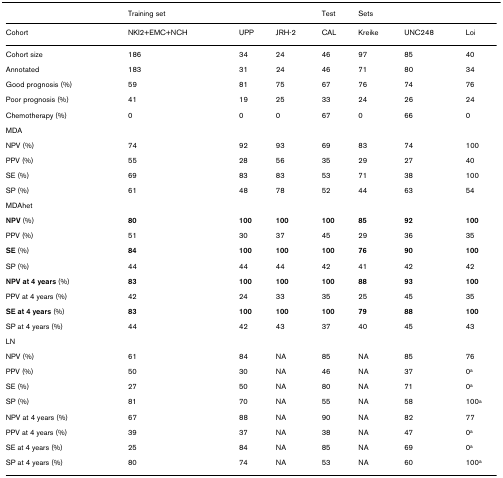
<table><thead><tr><td></td><td><b>Training set</b></td><td></td><td></td><td><b>Test</b></td><td><b>Sets</b></td><td></td><td></td></tr></thead><tbody><tr><td>Cohort</td><td>NKI2+EMC+NCH</td><td>UPP</td><td>JRH-2</td><td>CAL</td><td>Kreike</td><td>UNC248</td><td>Loi</td></tr><tr><td>Cohort size</td><td>186</td><td>34</td><td>24</td><td>46</td><td>97</td><td>85</td><td>40</td></tr><tr><td>Annotated</td><td>183</td><td>31</td><td>24</td><td>46</td><td>71</td><td>80</td><td>34</td></tr><tr><td>Good prognosis (%)</td><td>59</td><td>81</td><td>75</td><td>67</td><td>76</td><td>74</td><td>76</td></tr><tr><td>Poor prognosis (%)</td><td>41</td><td>19</td><td>25</td><td>33</td><td>24</td><td>26</td><td>24</td></tr><tr><td>Chemotherapy (%)</td><td>0</td><td>0</td><td>0</td><td>67</td><td>0</td><td>66</td><td>0</td></tr><tr><td>MDA</td><td></td><td></td><td></td><td></td><td></td><td></td><td></td></tr><tr><td>NPV (%)</td><td>74</td><td>92</td><td>93</td><td>69</td><td>83</td><td>74</td><td>100</td></tr><tr><td>PPV (%)</td><td>55</td><td>28</td><td>56</td><td>35</td><td>29</td><td>27</td><td>40</td></tr><tr><td>SE (%)</td><td>69</td><td>83</td><td>83</td><td>53</td><td>71</td><td>38</td><td>100</td></tr><tr><td>SP (%)</td><td>61</td><td>48</td><td>78</td><td>52</td><td>44</td><td>63</td><td>54</td></tr><tr><td>MDAhet</td><td></td><td></td><td></td><td></td><td></td><td></td><td></td></tr><tr><td><b>NPV </b>(%)</td><td><b>80</b></td><td><b>100</b></td><td><b>100</b></td><td><b>100</b></td><td><b>85</b></td><td><b>92</b></td><td><b>100</b></td></tr><tr><td>PPV (%)</td><td>51</td><td>30</td><td>37</td><td>45</td><td>29</td><td>36</td><td>35</td></tr><tr><td><b>SE </b>(%)</td><td><b>84</b></td><td><b>100</b></td><td><b>100</b></td><td><b>100</b></td><td><b>76</b></td><td><b>90</b></td><td><b>100</b></td></tr><tr><td>SP (%)</td><td>44</td><td>44</td><td>44</td><td>42</td><td>41</td><td>42</td><td>42</td></tr><tr><td><b>NPV at 4 years </b>(%)</td><td><b>83</b></td><td><b>100</b></td><td><b>100</b></td><td><b>100</b></td><td><b>88</b></td><td><b>93</b></td><td><b>100</b></td></tr><tr><td>PPV at 4 years (%)</td><td>42</td><td>24</td><td>33</td><td>35</td><td>25</td><td>45</td><td>35</td></tr><tr><td><b>SE at 4 years </b>(%)</td><td><b>83</b></td><td><b>100</b></td><td><b>100</b></td><td><b>100</b></td><td><b>79</b></td><td><b>88</b></td><td><b>100</b></td></tr><tr><td>SP at 4 years (%)</td><td>44</td><td>42</td><td>43</td><td>37</td><td>40</td><td>45</td><td>43</td></tr><tr><td>LN</td><td></td><td></td><td></td><td></td><td></td><td></td><td></td></tr><tr><td>NPV (%)</td><td>61</td><td>84</td><td>NA</td><td>85</td><td>NA</td><td>85</td><td>76</td></tr><tr><td>PPV (%)</td><td>50</td><td>30</td><td>NA</td><td>46</td><td>NA</td><td>37</td><td>0<sup>a</sup></td></tr><tr><td>SE (%)</td><td>27</td><td>50</td><td>NA</td><td>80</td><td>NA</td><td>71</td><td>0<sup>a</sup></td></tr><tr><td>SP (%)</td><td>81</td><td>70</td><td>NA</td><td>55</td><td>NA</td><td>58</td><td>100<sup>a</sup></td></tr><tr><td>NPV at 4 years (%)</td><td>67</td><td>88</td><td>NA</td><td>90</td><td>NA</td><td>82</td><td>77</td></tr><tr><td>PPV at 4 years (%)</td><td>39</td><td>37</td><td>NA</td><td>38</td><td>NA</td><td>47</td><td>0<sup>a</sup></td></tr><tr><td>SE at 4 years (%)</td><td>25</td><td>84</td><td>NA</td><td>85</td><td>NA</td><td>69</td><td>0<sup>a</sup></td></tr><tr><td>SP at 4 years (%)</td><td>80</td><td>74</td><td>NA</td><td>53</td><td>NA</td><td>60</td><td>100<sup>a</sup></td></tr></tbody></table>